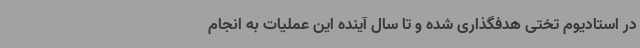
در استادیوم تختی هدفگذاری شده و تا سال آینده این عملیات به انجام